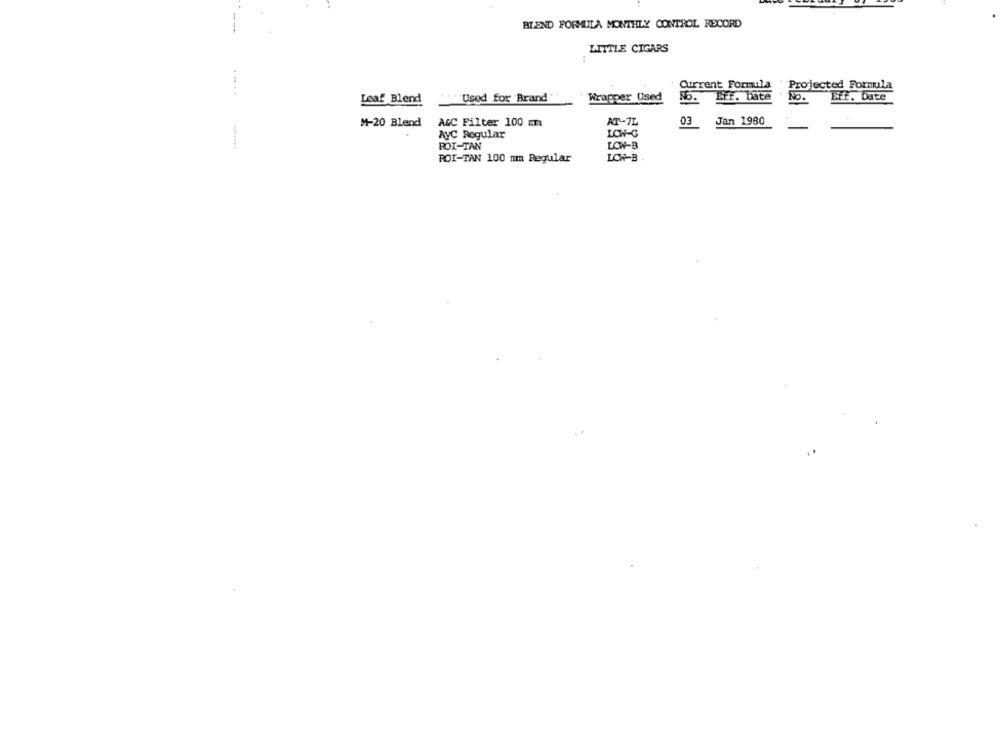
---
BIEND FORMULA MONTHLY CONTROL RECORD
LITTLE CIGARS
Current Formula
Projected Formula
Used for Brand
Wrapper Used
EFF. Date
No.
EFE. Date
Leaf Blend
AT-7L
Jan 1980
M-20 Blend
AGC Filter 100 mm
3
AyC Regular
LOW-G
POI-TAN
LOW-B
LON-B
POI-TAN 100 mm Regular